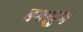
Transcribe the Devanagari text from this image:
बगलुंग